Leningradi_Edasi_toimetus, lk 27
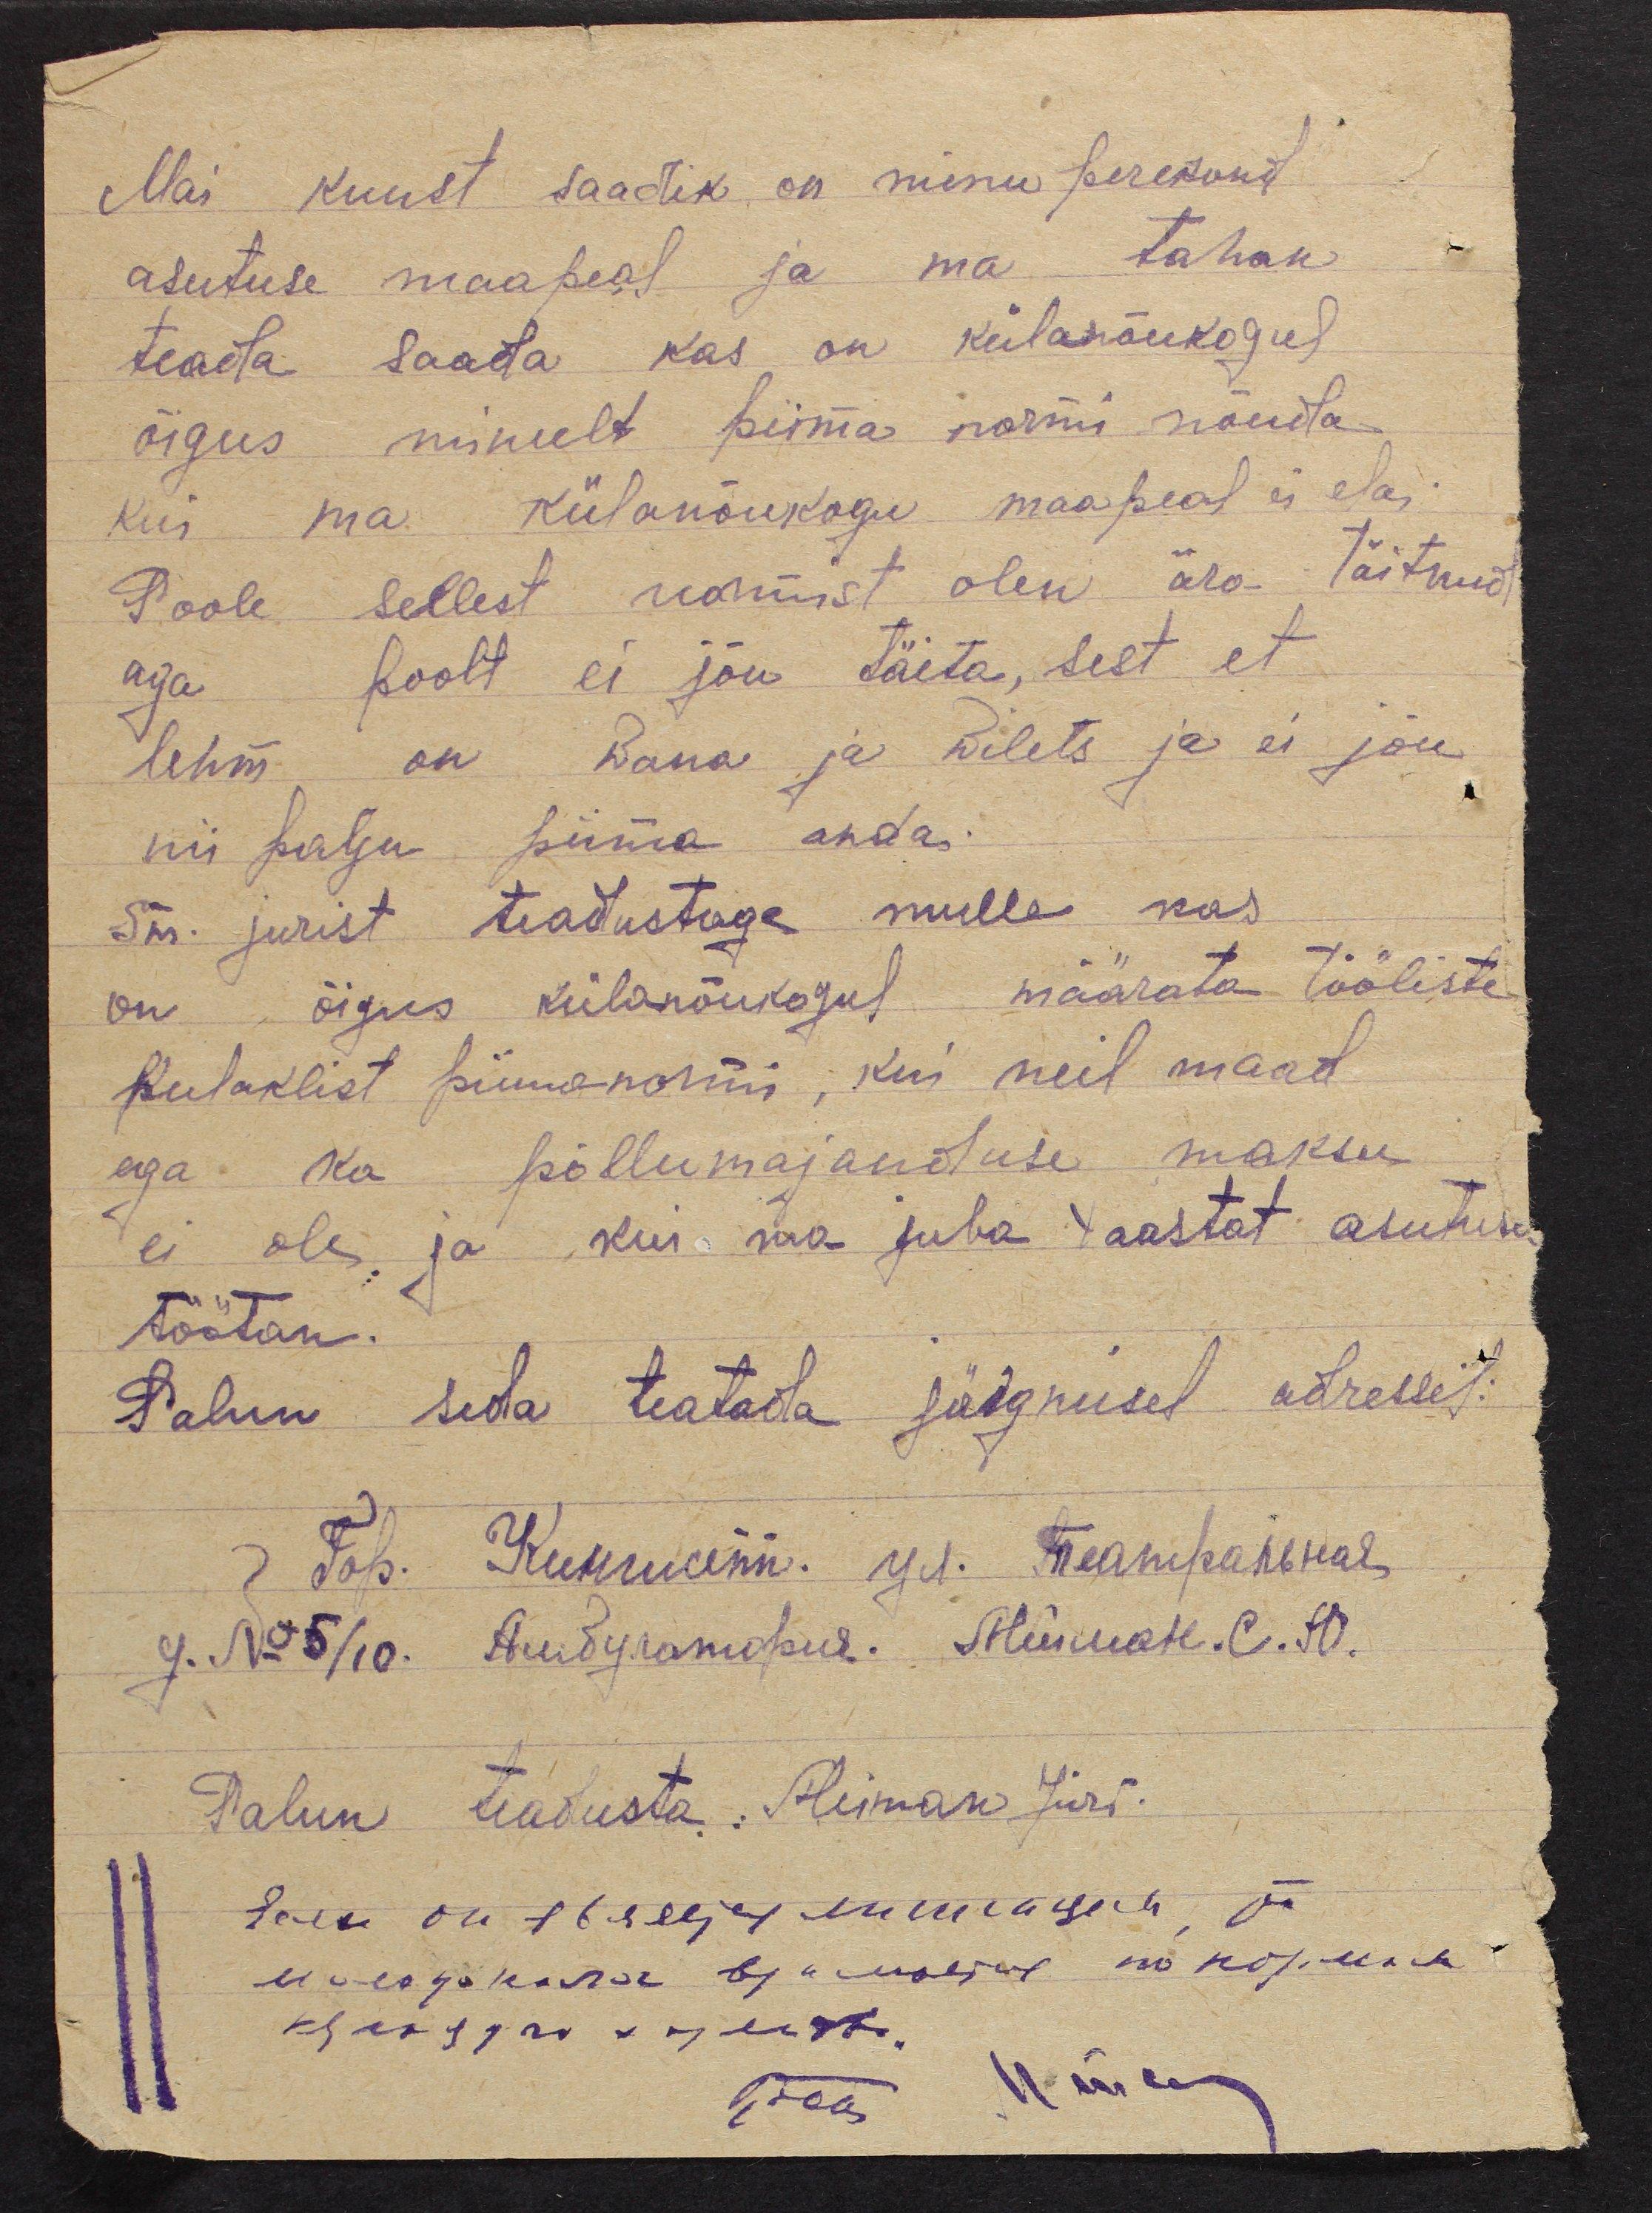
Mai kuust saadik on minu perekond
asutuse maapeal ja ma tahan
teada saada kas on külanõukogul
õigus minult piima normi nõuda
kui ma külanõukogu maapeal ei ela.
Poole sellest noomist olen ära täitnud
aga poolt ei jõu täita, sest et
lehm on wana ja wilets ja ei jõu
nii palju piima anda.
Sm. jurist teadustege mulle kas
on õigus külanõukogul määrata tööliste
kulaklist piimanormi, kui neil maad
ega ka põllumajanduse maksu
ei ole, ja kui ma juba 4 aastat asutuse
töötan.
Palun seda teatada järgmisel adressil:
Palun teadusta.: Reiman Jüri.